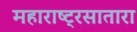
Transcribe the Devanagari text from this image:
महाराष्ट्रसातारा